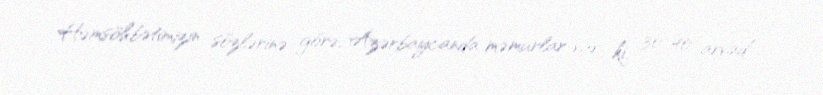
Həmsöhbətimizin sözlərinə görə, Azərbaycanda məmurlar var ki, 30-40 arvad